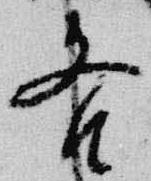
各